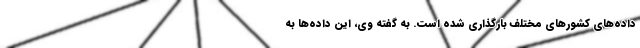
داده‌های کشورهای مختلف بارگذاری شده است. به گفته وی، این داده‌ها به